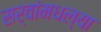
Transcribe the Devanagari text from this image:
सर्वांमधल्या